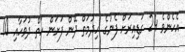
އެހެންވެ 24 ގަޑިއިރަށް ފެނުގެ ހިދުމަތް ދޭން ފަށަން ހަތް ދުވަހާއި 10